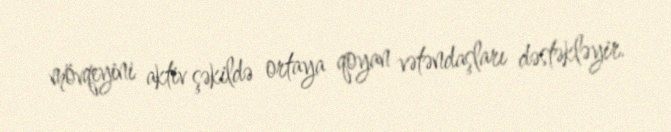
mövqeyini aktiv şəkildə ortaya qoyan vətəndaşları dəstəkləyir.